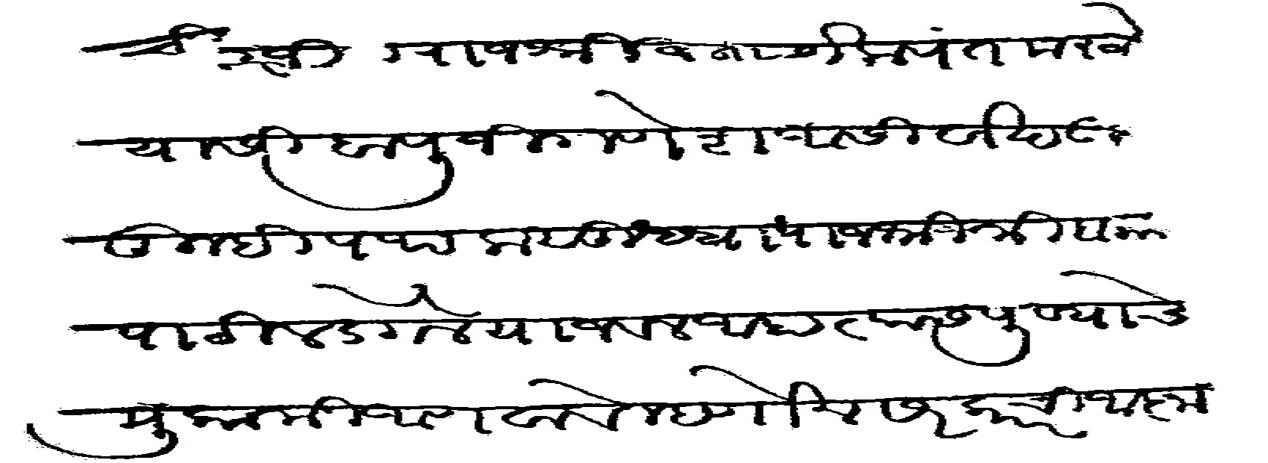
Transliteration (Devanagari): चिरंजीव राजश्री विनायकपंत मराठे यासी बापूजी गणेश आसिर्वाद उपरी तुम्ही पथक सुधा राजश्री त्रिंबकजी पाटील डेंगळे याजवळ आहा त्यास पुण्याचे मुकामी आणवावे म्हणोन सरकारची आज्ञा